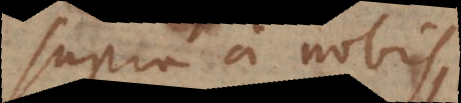
supra a nobis